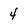
Character: 4